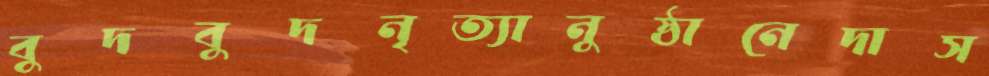
বুদবুদনৃত্যানুষ্ঠানেদাস